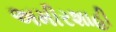
અમીરશાહી